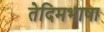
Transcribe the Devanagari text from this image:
तेदिमभाषा